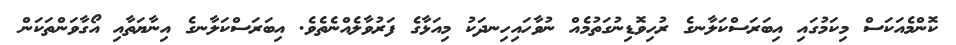
ކޮންމެއަކަސް މިކަމުގައި އިބަރަސްކަލާނގެ ރުހިވޮޑިނުގަތުމެއް ނުވާހައިހިނދަކު މިއަޅާގެ ފަރުވާލެއްނެތެވެ. އިބަރަސްކަލާނގެ އިނާޔަތާއި އޯގާވަންތަކަން